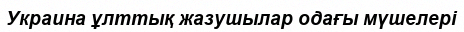
Украина ұлттық жазушылар одағы мүшелері